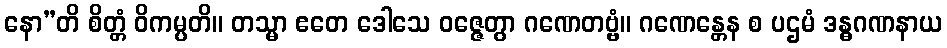
နော”တိ စိတ္တံ ဝိကမ္ပတိ။ တသ္မာ ဧတေ ဒေါသေ ဝဇ္ဇေတွာ ဂဏေတဗ္ဗံ။ ဂဏေန္တေန စ ပဌမံ ဒန္ဓဂဏနာယ